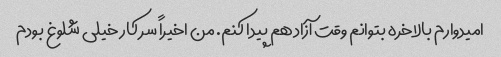
امیدوارم بالاخره بتوانم وقت آزاد هم پیدا کنم. من اخیراً سر کار خیلی شلوغ بودم